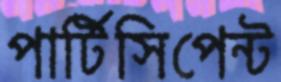
পার্টিসিপেন্ট